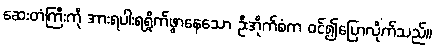
ဆေးတံကြီးကို အားရပါးရရှိုက်ဖွာနေသော ဦးအိုက်စံက ဝင်၍ပြောလိုက်သည်။